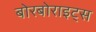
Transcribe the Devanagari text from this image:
बोरबोराइट्स